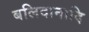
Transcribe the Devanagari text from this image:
बलिदानादि